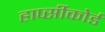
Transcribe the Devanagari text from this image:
हार्प्सीकोर्ड